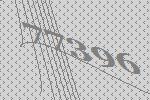
77396